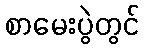
စာမေးပွဲတွင်